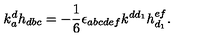
k _ { a } ^ { d } h _ { d b c } = - { \frac { 1 } { 6 } } \epsilon _ { a b c d e f } k ^ { d d _ { 1 } } h _ { d _ { 1 } } ^ { e f } .